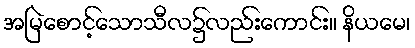
အမြဲစောင့်သောသီလ၌လည်းကောင်း။ နိယမေ၊